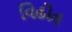
વિહોત